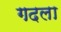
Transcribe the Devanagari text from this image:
गदला